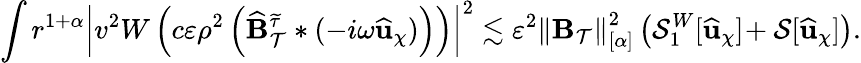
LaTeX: \int r^{1+\alpha}\left|v^{2}W\left(c\varepsilon\rho^{2}\left(\widehat{\mathbf{B}}_{\mathcal{T}}^{\widetilde{\tau}}*(-i\omega\widehat{\mathbf{u}}_{\chi})\right)\right)\right|^{2}\lesssim\varepsilon^{2}\left\lVert\mathbf{B}_{\mathcal{T}}\right\rVert_{[\alpha]}^{2}\left(\mathcal{S}_{1}^{W}[\widehat{\mathbf{u}}_{\chi}]\! +\mathcal{S}[\widehat{\mathbf{u}}_{\chi}]\right).